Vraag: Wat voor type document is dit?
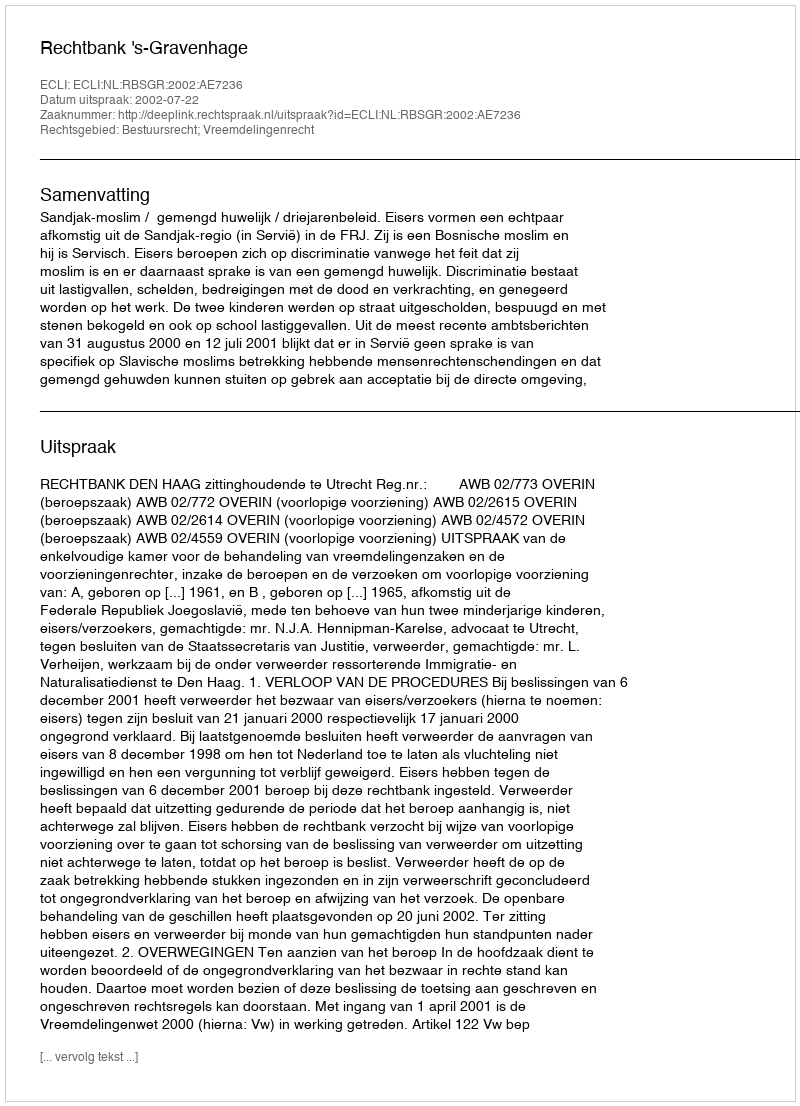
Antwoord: Uitspraak